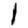
Digit: 1